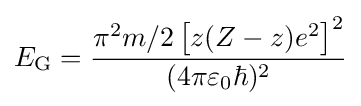
E_{\mathrm {G} }={\frac {\pi ^{2}m/2\left[z(Z-z)e^{2}\right]^{2}}{(4\pi \varepsilon _{0}\hbar )^{2}}}